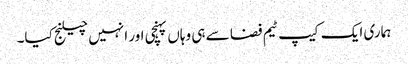
ہماری ایک کیپ ٹیم فضا سے ہی وہاں پہنچی اور انہیں چیلنج کیا۔